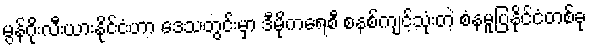
မွန်ဂိုးလီးယားနိုင်ငံဟာ ဒေသတွင်းမှာ ဒီမိုကရေစီ စနစ်ကျင့်သုံးတဲ့ စံနမူပြနိုင်ငံတစ်ခု